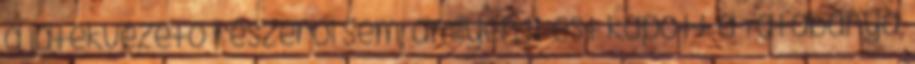
a játékvezető részéről sem, amilyen 11-est kapott a Tatabánya,